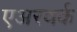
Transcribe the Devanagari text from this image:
एअरवर्क